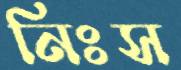
নিঃস